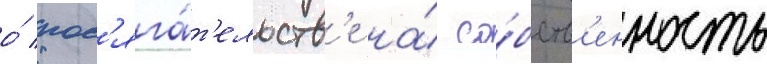
о́ пос'яга́т'ельств'е на́ со́бств'енность